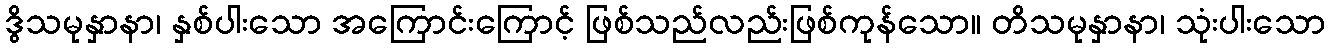
ဒွိသမုနှာနာ၊ နှစ်ပါးသော အကြောင်းကြောင့် ဖြစ်သည်လည်းဖြစ်ကုန်သော။ တိသမုနှာနာ၊ သုံးပါးသော